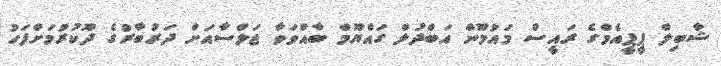
ޝާބިލް ޕީޕީއެމްގެ ރައީސް މައުމޫން އަބްދުލް ގައްޔޫމް ބާއްވަވާ ޖަލްސާއަށް ދަރުބާރުގެ ދޫކުރުމަށްފަހު